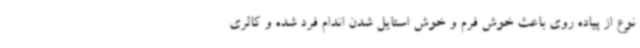
نوع از پیاده روی باعث خوش فرم و خوش استایل شدن اندام فرد شده و کالری